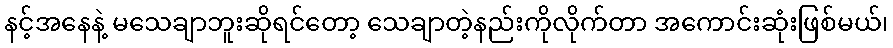
နင့်အနေနဲ့ မသေချာဘူးဆိုရင်တော့ သေချာတဲ့နည်းကိုလိုက်တာ အကောင်းဆုံးဖြစ်မယ်၊